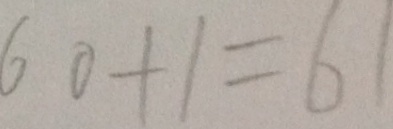
6 0 + 1 = 6 1